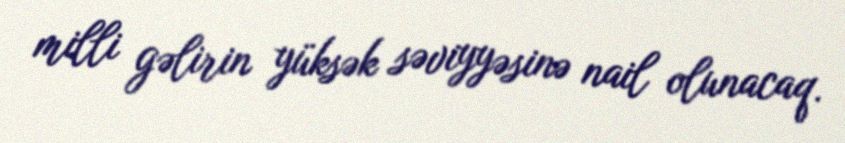
milli gəlirin yüksək səviyyəsinə nail olunacaq.